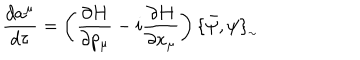
\frac { d a ^ { \mu } } { d \tau } = \left( \frac { \partial H } { \partial p _ { \mu } } - i \frac { \partial H } { \partial x _ { \mu } } \right) \{ \bar { \psi } , \psi \} _ { _ { \sim } }